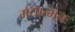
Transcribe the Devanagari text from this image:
मद्यात्मनः